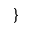
\}